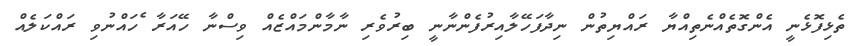
ތެޅިފޮޅެނީ އެންގޮތެއްނެތިއްޔާ ރައްޔިތުން ނިދާފަހޭލާއިރުފެންނާނީ ބިރުވެރި ނާމާންމައްޒެއް ވިސްނާ ހޭއަރާ ެެެެެެެެެެެެެެެެެެެެެެެެެެެެެެެެެެެެެެެެެެެެެެެެެެެެެެެެެެެެހައްނުވި ރައްކަލެއް